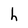
Character: h